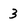
Character: 3